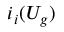
i _ { i } ( U _ { g } )